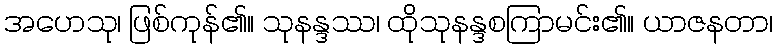
အဟေသု၊ ဖြစ်ကုန်၏။ သုနန္ဒဿ၊ ထိုသုနန္ဒစကြာမင်း၏။ ယာဇနတာ၊